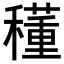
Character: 𥣑